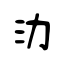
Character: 氻